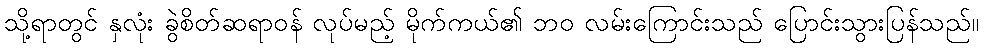
သို့ရာတွင် နှလုံး ခွဲစိတ်ဆရာဝန် လုပ်မည့် မိုက်ကယ်၏ ဘဝ လမ်းကြောင်းသည် ပြောင်းသွားပြန်သည်။